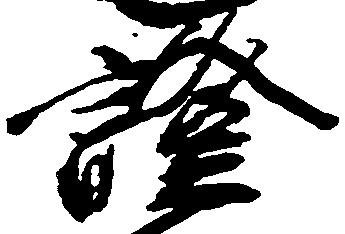
証